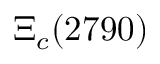
\Xi _ { c } ( 2 7 9 0 )